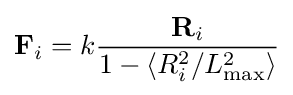
{\textbf {F}}_{i}=k{\frac {{\textbf {R}}_{i}}{1-\langle R_{i}^{2}/L_{\rm {max}}^{2}\rangle }}